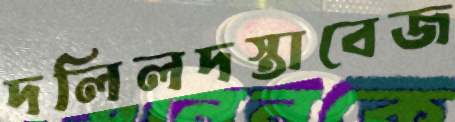
দলিলদস্তাবেজ